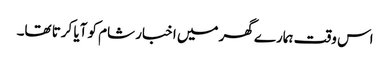
اس وقت ہمارے گھر میں اخبار شام کو آیا کرتا تھا۔